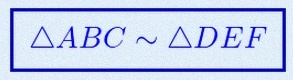
\triangle ABC\sim\triangle DEF